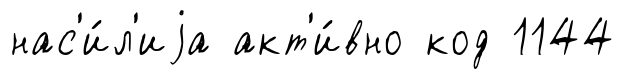
нас'и́л'иjа акт'и́вно код 1144